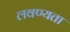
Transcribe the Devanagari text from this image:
लवण्यता